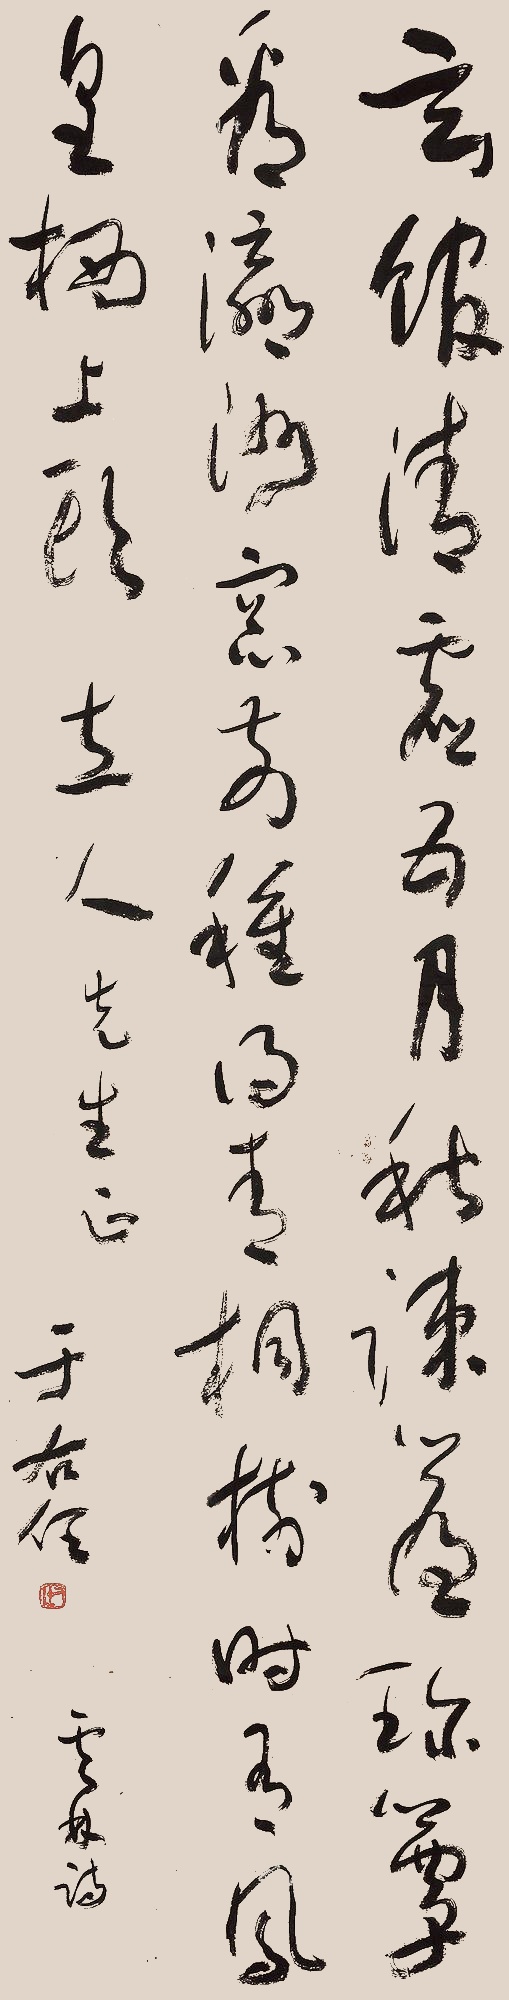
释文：玄馆清虚五月秋，疏帘珍簟看瀛洲。窗前种得青桐树，时有凤凰栖上头。立人先生正，于右任，云林诗。